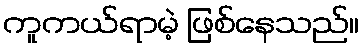
ကူကယ်ရာမဲ့ ဖြစ်နေသည်။